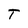
Character: T